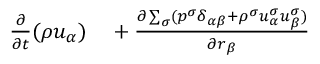
\begin{array} { r } { \begin{array} { r l } { \frac { \partial } { \partial t } ( \rho u _ { \alpha } ) } & { { } + \frac { \partial \sum _ { \sigma } ( p ^ { \sigma } \delta _ { \alpha \beta } + \rho ^ { \sigma } u _ { \alpha } ^ { \sigma } u _ { \beta } ^ { \sigma } ) } { \partial r _ { \beta } } } \end{array} } \end{array}